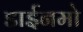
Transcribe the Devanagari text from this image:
डाईनमो